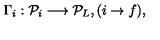
\Gamma _ { i } : { \cal P } _ { i } \longrightarrow { \cal P } _ { L } , ( i \rightarrow f ) ,